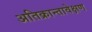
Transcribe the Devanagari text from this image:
अतिक्रान्तावेक्षण